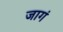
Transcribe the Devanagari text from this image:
जागं